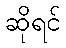
ဆိုရင်